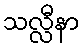
သလ္လီနာ